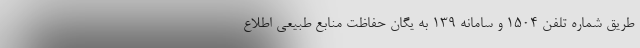
طریق شماره تلفن ۱۵۰۴ و سامانه ۱۳۹ به یگان حفاظت منابع طبیعی اطلاع